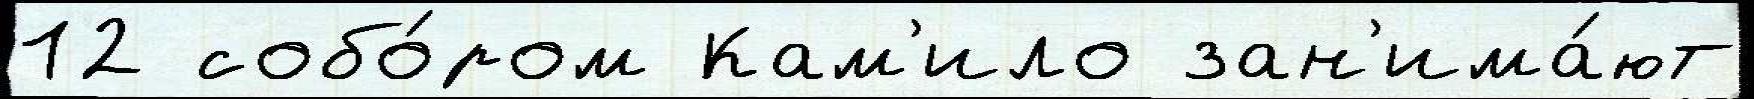
12 собо́ром Кам'ило зан'има́ют